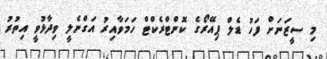
މި ސީޒަނަށް ފަހު ޑެލް ޕިއޭރޯގެ ކޮންޓްރެކްޓް ހަމަވާއިރު އަގްނެލީ ވިދާޅުވީ އިތުރު